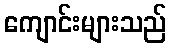
ကျောင်းများသည်